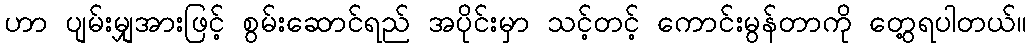
ဟာ ပျမ်းမျှအားဖြင့် စွမ်းဆောင်ရည် အပိုင်းမှာ သင့်တင့် ကောင်းမွန်တာကို တွေ့ရပါတယ်။